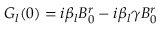
G _ { l } ( 0 ) = i \beta _ { l } B _ { 0 } ^ { r } - i \beta _ { l } \gamma B _ { 0 } ^ { r }